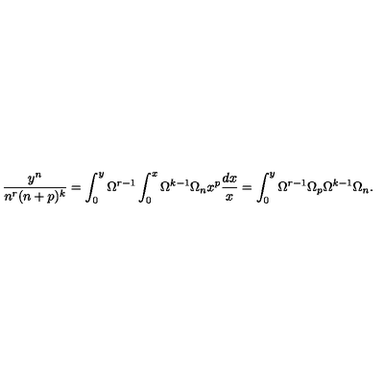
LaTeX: \frac { y ^ { n } } { n ^ { r } ( n + p ) ^ { k } } = \int _ { 0 } ^ { y } \Omega ^ { r - 1 } \int _ { 0 } ^ { x } \Omega ^ { k - 1 } \Omega _ { n } x ^ { p } \frac { d x } { x } = \int _ { 0 } ^ { y } \Omega ^ { r - 1 } \Omega _ { p } \Omega ^ { k - 1 } \Omega _ { n } .